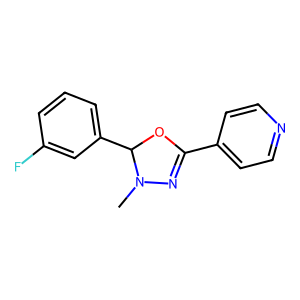
SMILES: CN1N=C(c2ccncc2)OC1c1cccc(F)c1
Inhibits HIV replication: No